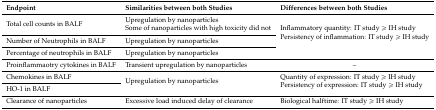
<table><thead><tr><td><b>Endpoint</b></td><td><b>Similarities between both Studies</b></td><td><b>Differences between both Studies</b></td></tr></thead><tbody><tr><td>Total cell counts in BALF</td><td>Upregulation by nanoparticlesSome of nanoparticles with high toxicity did not</td><td rowspan="3">Inflammatory quantity: IT study ≥ IH study Persistency of inflammation: IT study ≥ IH study</td></tr><tr><td>Number of Neutrophils in BALF</td><td>Upregulation by nanoparticles</td></tr><tr><td>Percentage of neutrophils in BALF</td><td>Upregulation by nanoparticles</td></tr><tr><td>Proinflammaotry cytokines in BALF</td><td>Transient upregulation by nanoparticles</td><td>–</td></tr><tr><td>Chemokines in BALF</td><td rowspan="2">Upregulation by nanoparticles</td><td rowspan="2">Quantity of expression: IT study ≥ IH study Persistency of expression: IT study ≥ IH study</td></tr><tr><td>HO-1 in BALF</td></tr><tr><td>Clearance of nanoparticles</td><td>Excessive load induced delay of clearance</td><td>Biological halftime: IT study ≥ IH study</td></tr></tbody></table>